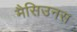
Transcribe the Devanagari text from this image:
मैसिउनस